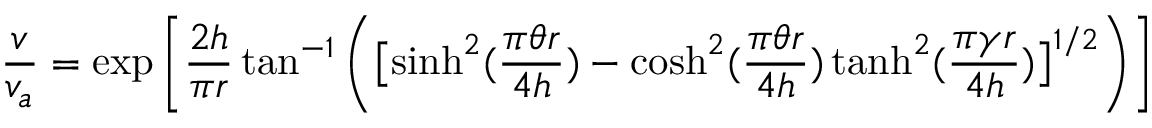
{ \frac { v } { v _ { a } } } = \exp { \bigg [ } { \frac { 2 h } { \pi r } } \tan ^ { - 1 } { \bigg ( } { \big [ } { \sinh ^ { 2 } ( { \frac { \pi \theta r } { 4 h } } ) - \cosh ^ { 2 } ( { \frac { \pi \theta r } { 4 h } } ) \operatorname { t a n h } ^ { 2 } ( { \frac { \pi \gamma r } { 4 h } } ) } { \big ] } ^ { 1 / 2 } { \bigg ) } { \bigg ] }